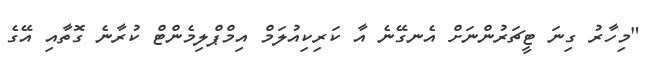
"މިހާރު ގިނަ ޓީޗަރުންނަށް އެނގޭނެ އާ ކަރިކިއުލަމް އިމްޕްލިމެންޓް ކުރާނެ ގޮތާއި އޭގެ